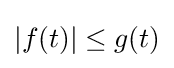
|f(t)|\leq g(t)